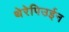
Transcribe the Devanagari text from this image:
थेरेपिउईन